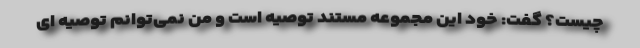
چیست؟ گفت: خود این مجموعه مستند توصیه است و من نمی‌توانم توصیه ای